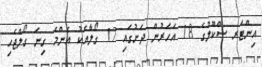
އިންޓަރ ސްކޫލުގެ 18 އަހަރުން ދަށުގައި 12 ގޯލާއެކު އެންމެ ގިނަ ގޯލްޖެހި